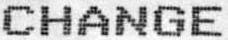
CHANGE